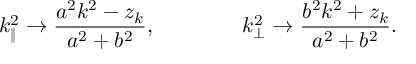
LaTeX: k _ { \| } ^ { 2 } \to \frac { a ^ { 2 } k ^ { 2 } - z _ { k } } { a ^ { 2 } + b ^ { 2 } } , \qquad \qquad k _ { \bot } ^ { 2 } \to \frac { b ^ { 2 } k ^ { 2 } + z _ { k } } { a ^ { 2 } + b ^ { 2 } } .